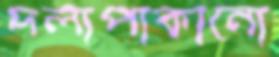
দলাপাকানো